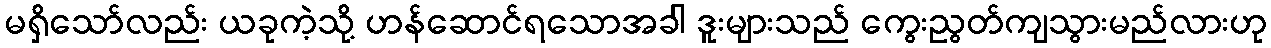
မရှိသော်လည်း ယခုကဲ့သို့ ဟန်ဆောင်ရသောအခါ ဒူးများသည် ကွေးညွတ်ကျသွားမည်လားဟု